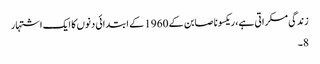
زندگی مسکراتی ہے، ریکسونا صابن کے 1960 کے ابتدائی دنوں کا ایک اشتہار
8۔